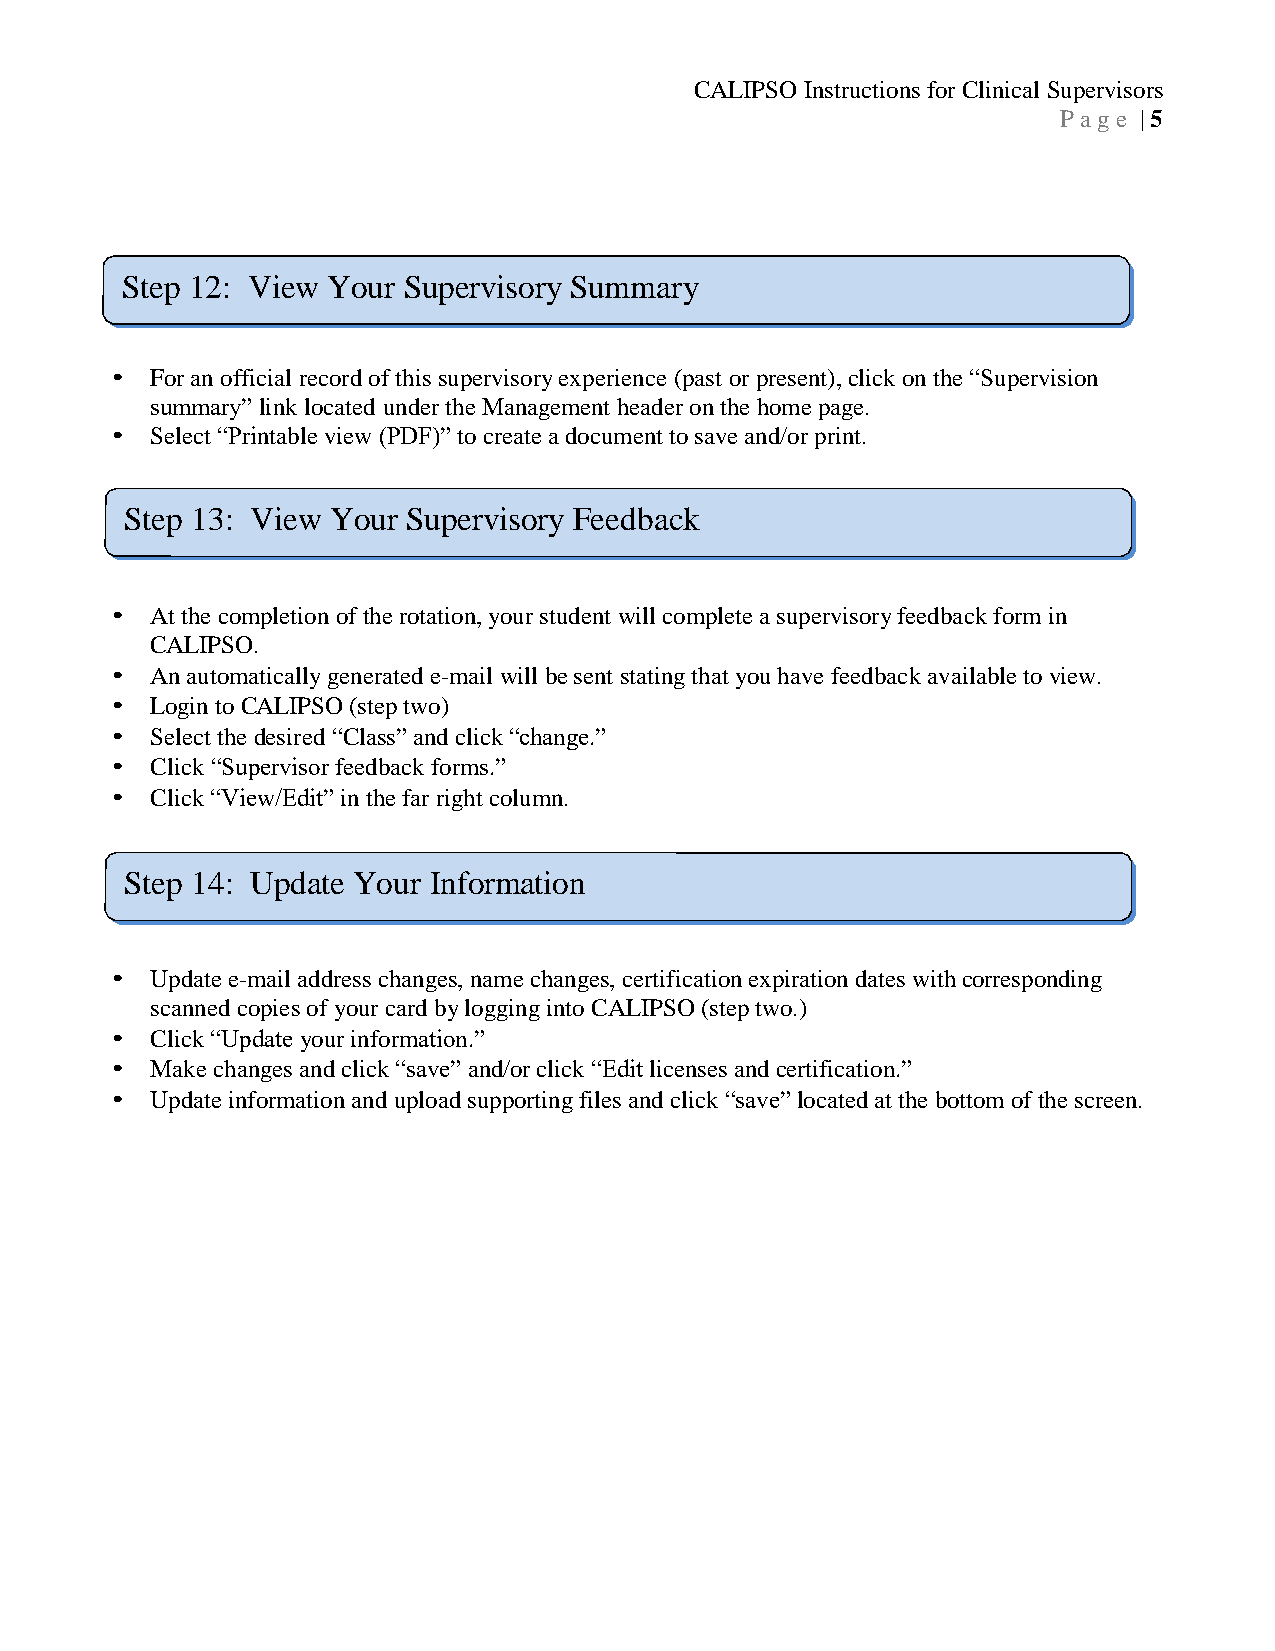
CALIPSO Instructions for Clinical Supervisors
 P a g e | 5
 Step 12: View Your Supervisory Summary
 •  For an official record of this supervisory experience (past or present), click on the “Supervision
 summary” link located under the Management header on the home page.
 •  Select “Printable view (PDF)” to create a document to save and/or print.
 Step 13: View Your Supervisory Feedback
 •  At the completion of the rotation, your student will complete a supervisory feedback form in
 CALIPSO.
 •  An automatically generated e-mail will be sent stating that you have feedback available to view.
 •  Login to CALIPSO (step two)
 •  Select the desired “Class” and click “change.”
 •  Click “Supervisor feedback forms.”
 •  Click “View/Edit” in the far right column.
 Step 14: Update Your Information
 •  Update e-mail address changes, name changes, certification expiration dates with corresponding
 scanned copies of your card by logging into CALIPSO (step two.)
 •  Click “Update your information.”
 •  Make changes and click “save” and/or click “Edit licenses and certification.”
 •  Update information and upload supporting files and click “save” located at the bottom of the screen.